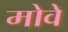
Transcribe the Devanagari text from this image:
मोवे